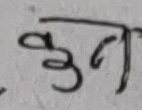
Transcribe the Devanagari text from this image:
कुन